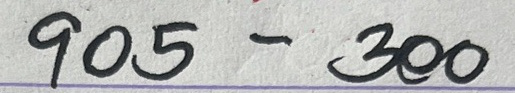
905 - 300